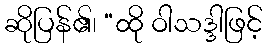
ဆိုပြန်၏၊ “ထို ဝါသဒ္ဒါဖြင့်